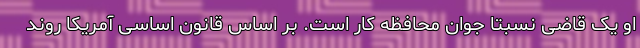
او یک قاضی نسبتا جوان محافظه کار است. بر اساس قانون اساسی آمریکا روند